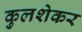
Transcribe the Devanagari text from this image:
कुलशेकर